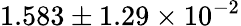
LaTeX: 1.583\pm 1.29\times 10^{-2}